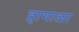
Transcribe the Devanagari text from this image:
हागाला